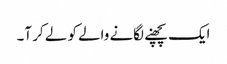
ایک پچھنے لگانے والے کو لے کر آ۔